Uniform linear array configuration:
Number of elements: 4
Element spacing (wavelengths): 0.25
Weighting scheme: exponential
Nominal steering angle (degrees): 60
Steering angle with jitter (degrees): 60.383
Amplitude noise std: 0.05
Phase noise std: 0.05

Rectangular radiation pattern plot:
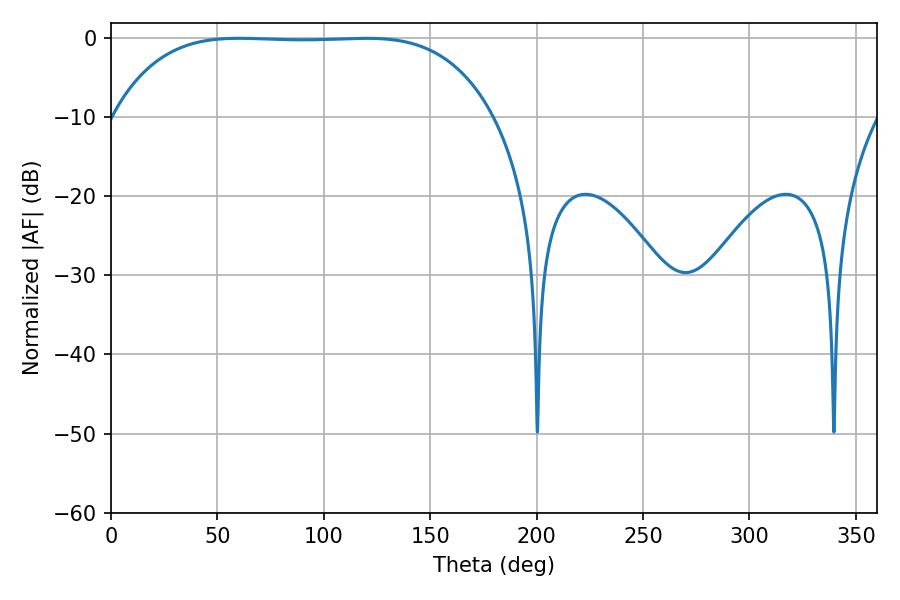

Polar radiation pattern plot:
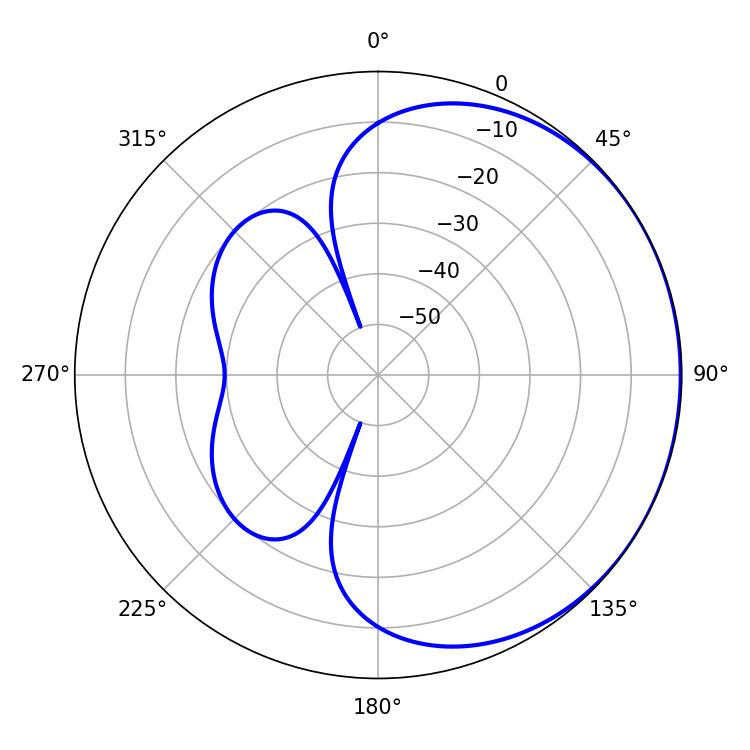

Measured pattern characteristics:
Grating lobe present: FALSE
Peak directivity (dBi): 0.5341
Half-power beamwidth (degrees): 137.88
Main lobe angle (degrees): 119.88